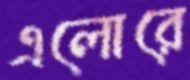
এলোরে